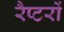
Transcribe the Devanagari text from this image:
रैप्टरों